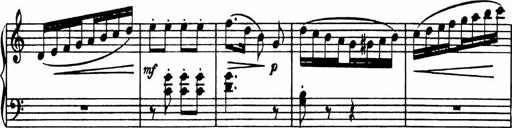
Title: Analytical Sonatinas
Composer: Frank Lynes